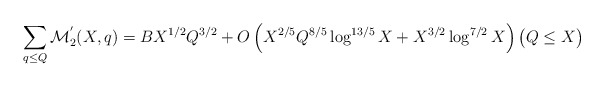
\begin{align*}\sum_{q\leq Q}\mathcal{M}_2^{'}(X,q)=BX^{1/2}Q^{3/2}+O\left(X^{2/5}Q^{8/5}\log^{13/5} X+X^{3/2}\log^{7/2}X\right)\big(Q\leq X\big)\end{align*}